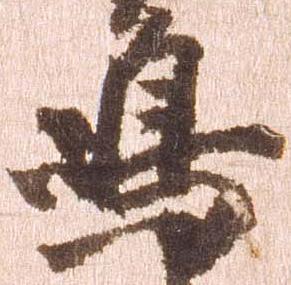
嶋